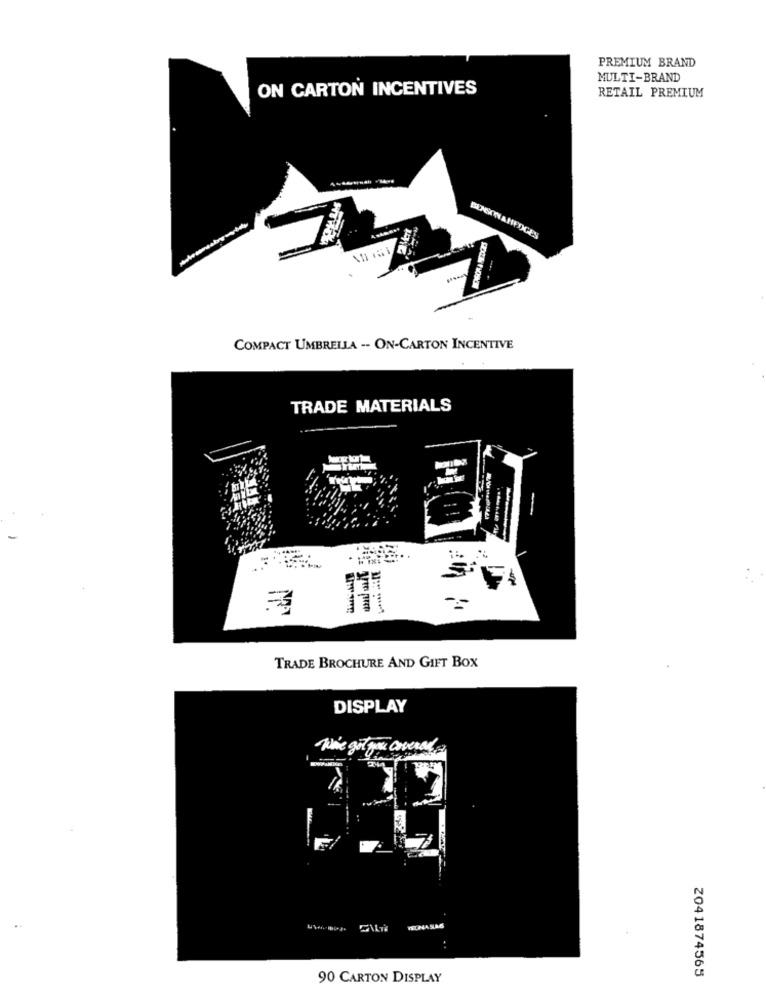
PREMIUM BRAND
MULTI-BRAND
ON CARTON INCENTIVES
RETAIL PREMIUM
BENWANEDGES
COMPACT UMBRELLA -- ON-CARTON INCENTIVE
TRADE MATERIALS
TRADE BROCHURE AND GIFT BOX
DISPLAY
The got you overal
90 CARTON DISPLAY
Z041874565